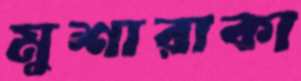
মুশারাকা